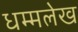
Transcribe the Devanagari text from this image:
धम्मलेख